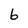
Character: 6